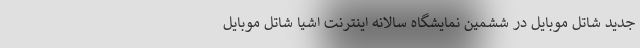
جدید شاتل موبایل در ششمین نمایشگاه سالانه اینترنت اشیا شاتل موبایل